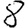
Digit: 8